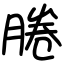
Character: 腃